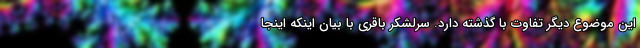
این موضوع دیگر تفاوت با گذشته دارد. سرلشکر باقری با بیان اینکه اینجا